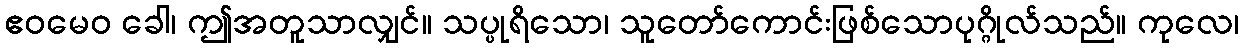
ဧဝမေဝ ခေါ၊ ဤအတူသာလျှင်။ သပ္ပုရိသော၊ သူတော်ကောင်းဖြစ်သောပုဂ္ဂိုလ်သည်။ ကုလေ၊